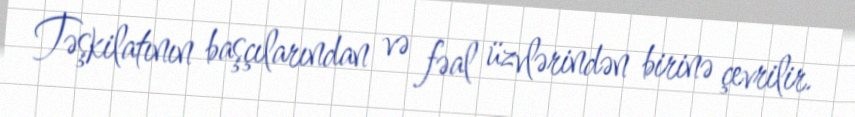
Təşkilatının başçılarından və fəal üzvlərindən birinə çevrilir.